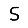
Digit: 5